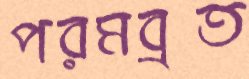
পরমব্রত